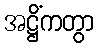
အဋ္ဌိံကတွာ